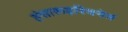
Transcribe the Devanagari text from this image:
हंसारूढ़स्विनेत्रं